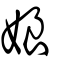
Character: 娘